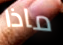
ماذا